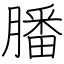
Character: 膰